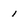
Character: 1